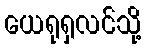
ယေရုရှလင်သို့